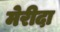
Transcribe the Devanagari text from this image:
मेरीदा